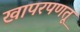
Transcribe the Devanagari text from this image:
खापरपणतू